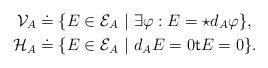
LaTeX: \begin{align*}\mathcal{V}_A & \doteq \{ E \in \mathcal{E}_A\ |\ \exists \varphi : E = \star d_A\varphi \}, \\\mathcal{H}_A & \doteq \{ E \in \mathcal{E}_A\ |\ d_A E =0 \mathsf{t} E =0\}.\end{align*}